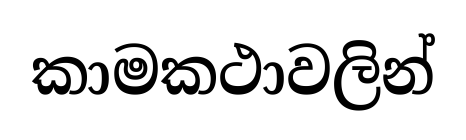
කාමකථාවලින්